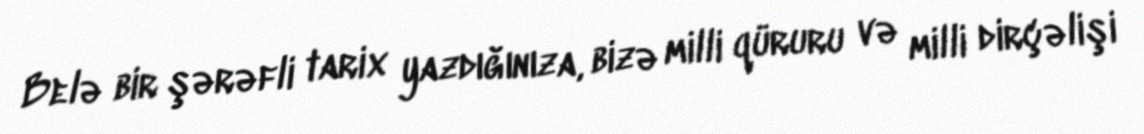
Belə bir şərəfli tarix yazdığınıza, bizə milli qüruru və milli dirçəlişi